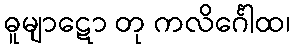
ဓူမျာဋော တု ကလိင်္ဂေါထ၊